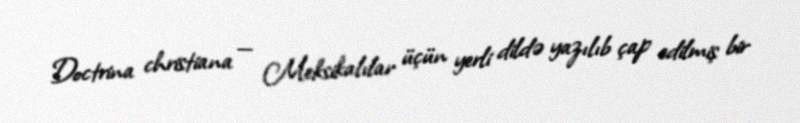
Doctrina christiana — Meksikalılar üçün yerli dildə yazılıb çap edilmiş bir